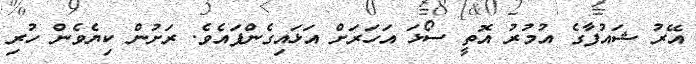
އޭރު ޝައުފާގެ އުމުރު އޮތީ ސޯޅަ އަހަރަށް އަޅައިގެންފައެވެ. ރަށުން ކިޔެވެން ހުރި